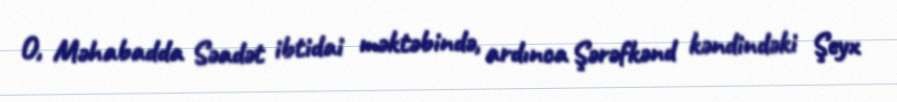
O, Məhabadda Səadət ibtidai məktəbində, ardınca Şərəfkənd kəndindəki Şeyx